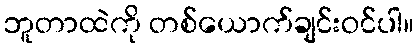
ဘူတာထဲကို တစ်ယောက်ချင်းဝင်ပါ။